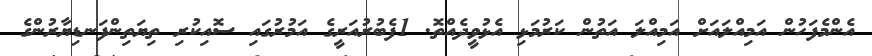
އެންމެފަހުން އަމިއްލައަށް އަމިއްލަ އަތުން ކަރުމަޅި އެޅުވީދެއްތޮ. 1ފެބުރުއަރީގެ އަމުރުގައި ސޮއިކުރި ތިޔަތިންފަނޑިޔާރުންގެ